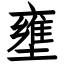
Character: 壅